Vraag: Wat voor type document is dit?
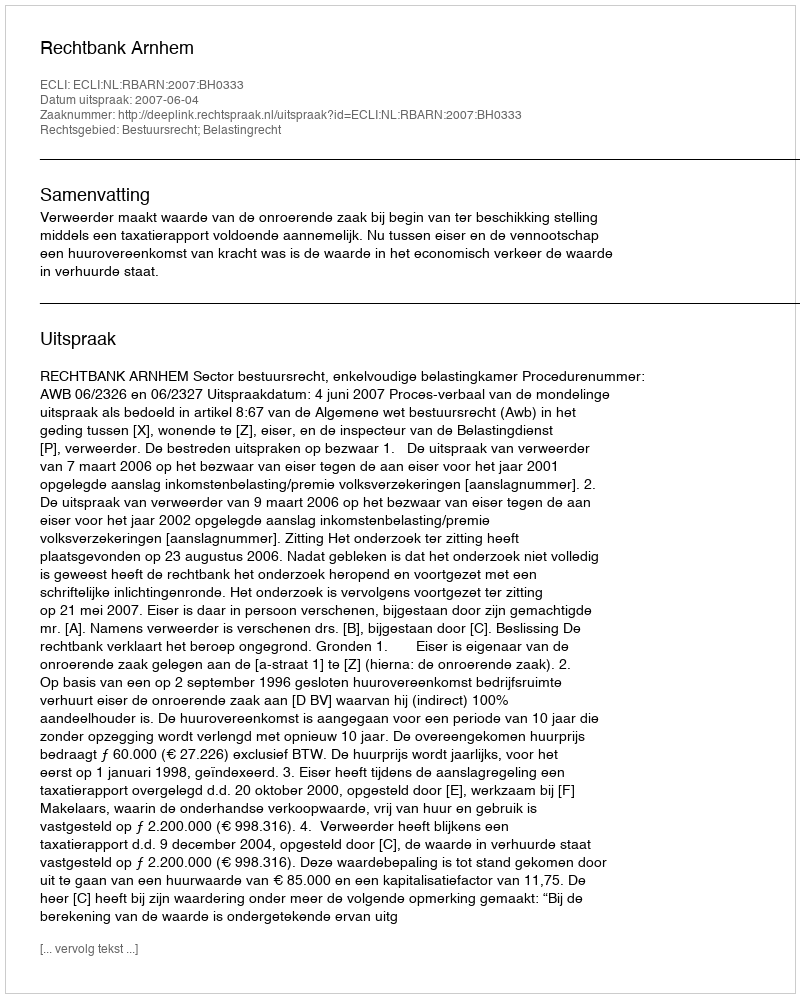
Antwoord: Uitspraak